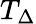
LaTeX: T_{\Delta}